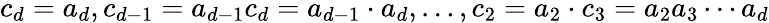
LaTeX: c_{d}=a_{d},c_{d-1}=a_{d-1}c_{d}=a_{d-1}\cdot a_{d},\ldots,c_{2}=a_{2}\cdot c_{3}=a_{2}a_{3}\cdots a_{d}